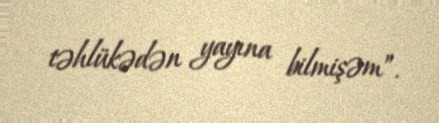
təhlükədən yayına bilmişəm”.